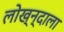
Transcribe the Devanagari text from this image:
लोख्न्दाला